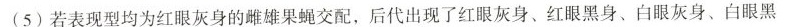
(5) 若表现型均为红眼灰身的雌雄果蝇交配，后代出现了红眼灰身、红眼黑身、白眼灰身、白眼黑